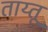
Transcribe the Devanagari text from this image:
ताय्तू